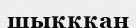
шықққан